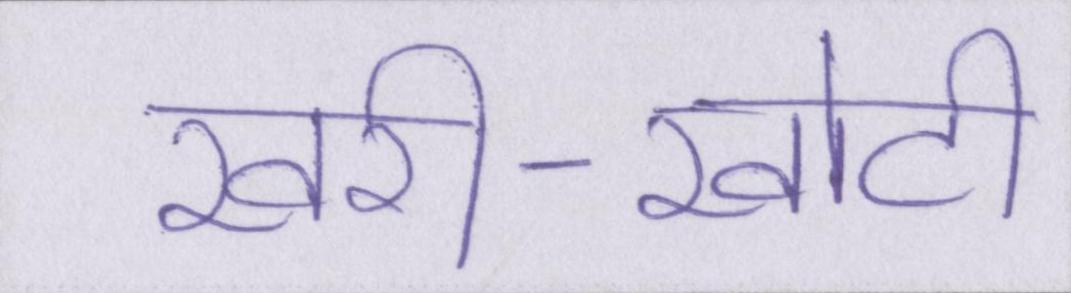
खरी-खोटी